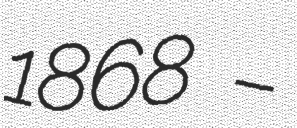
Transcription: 1868 –